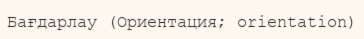
Бағдарлау (Ориентация; orientation)